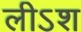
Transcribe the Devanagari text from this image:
लीऽश